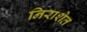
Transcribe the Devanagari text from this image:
निराशेत